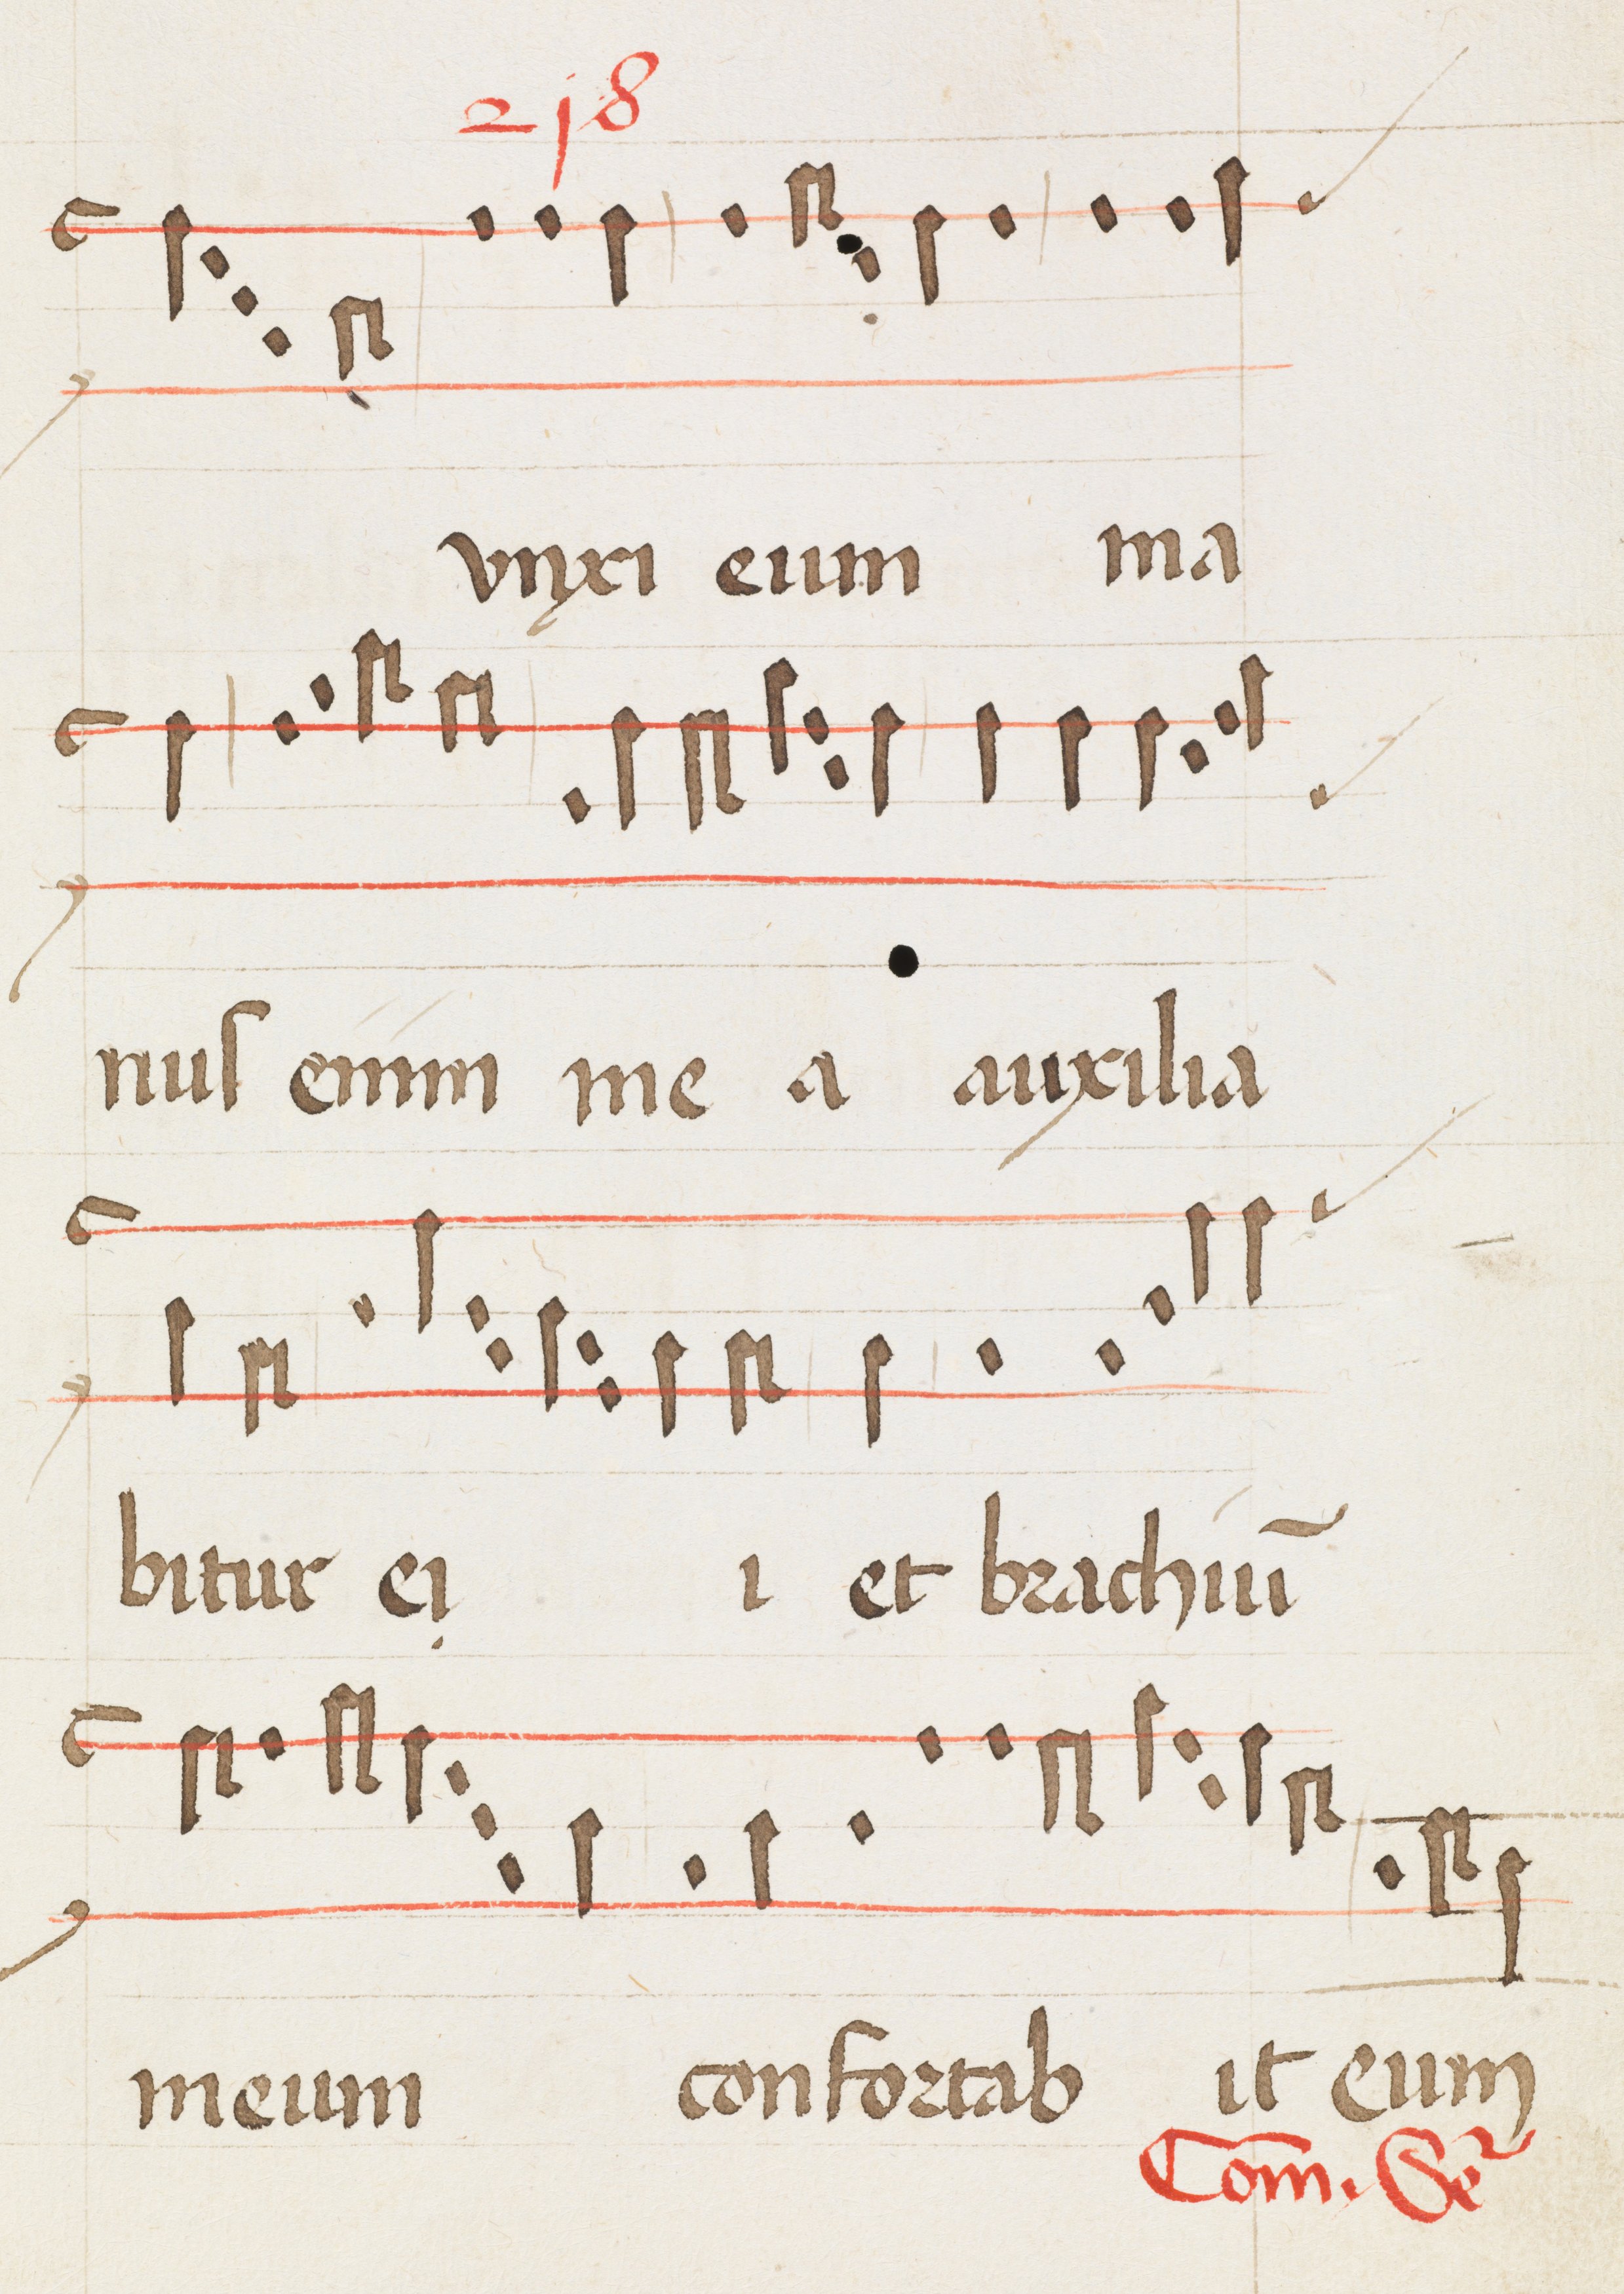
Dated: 1475–1499